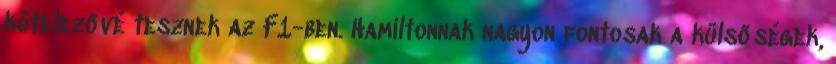
kötelezővé tesznek az F1-ben. Hamiltonnak nagyon fontosak a külsőségek,